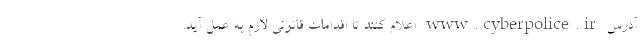
آدرس www.cyberpolice.ir اعلام کنند تا اقدامات قانونی لازم به عمل آید.